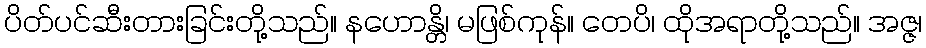
ပိတ်ပင်ဆီးတားခြင်းတို့သည်။ နဟောန္တိ၊ မဖြစ်ကုန်။ တေပိ၊ ထိုအရာတို့သည်။ အဇ္ဇ၊